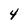
Character: 4